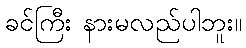
ခင်ကြီး နားမလည်ပါဘူး။